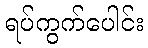
ရပ်ကွက်ပေါင်း